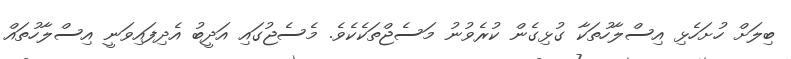
ބިލަށް ހުށަހެޅި އިސްލާހުތަކާ ގުޅިގެން ކުރެވުނު މަސެޖްތަކެކެވެ. މެސެޖުގައި އަދީބު އެދިފައިވަނީ އިސްލާހުތައް